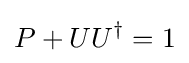
P+UU^{\dagger }=1